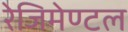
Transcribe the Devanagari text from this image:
रेजिमेण्टल